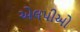
એલપીઓ